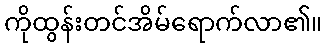
ကိုထွန်းတင်အိမ်ရောက်လာ၏။